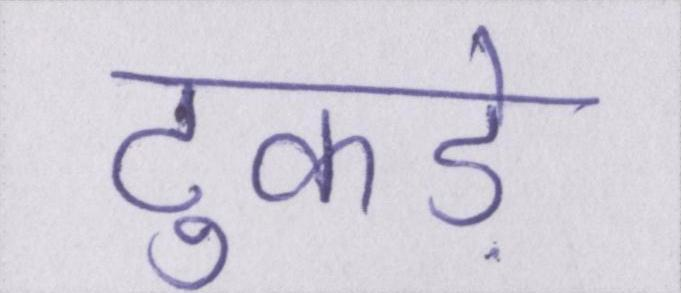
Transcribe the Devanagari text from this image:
टुकड़े